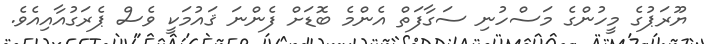
ޔޫރަޕުގެ މީހުންގެ މަސްހުނި ސަގާފަތް އެންމެ ބޮޑަށް ފެންނަ ޤައުމަކީ ވެސް ޕެރަގުއާއިއެވެ.